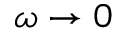
\omega \rightarrow 0